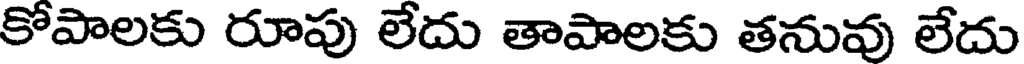
కోపాలకు రూపు లేదు తాపాలకు తనువు లేదు